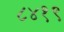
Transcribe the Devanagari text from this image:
८४१९